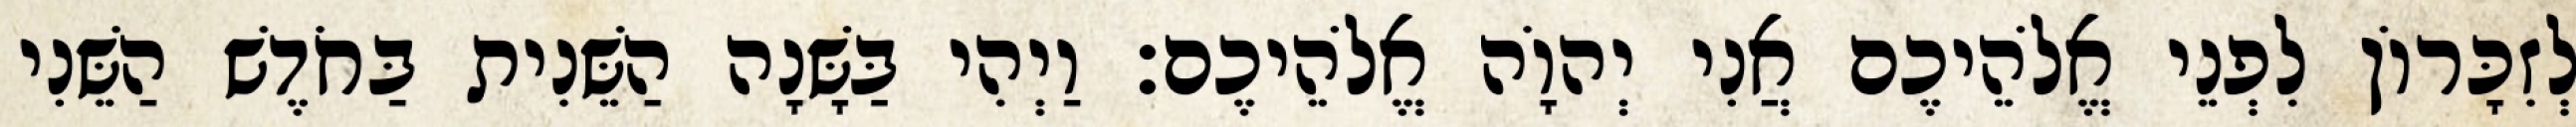
לְזִכָּרוֹן לִפְנֵי אֱלֹהֵיכֶם אֲנִי יְהוָֹה אֱלֹהֵיכֶם׃ וַיְהִי בַּשָּׁנָה הַשֵּׁנִית בַּחֹדֶשׁ הַשֵּׁנִי